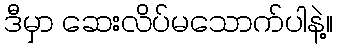
ဒီမှာ ဆေးလိပ်မသောက်ပါနဲ့။